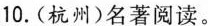
10.(杭州)名著阅读。